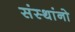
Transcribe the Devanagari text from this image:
संस्थांनो